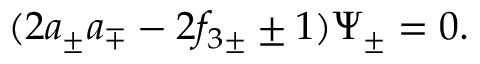
( 2 a _ { \pm } a _ { \mp } - 2 f _ { 3 \pm } \pm 1 ) \Psi _ { \pm } = 0 .